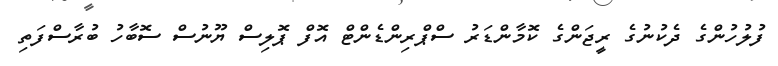
ފުލުހުންގެ ދެކުނުގެ ރީޖަންގެ ކޮމާންޑަރު ސްޕްރިންޑެންޓް އޮފް ޕޮލިސް ޔޫނުސް ސޮބާހު ބުރާސްފަތި